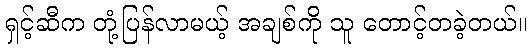
ရှင့်ဆီက တုံ့ပြန်လာမယ့် အချစ်ကို သူ တောင့်တခဲ့တယ်။